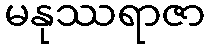
မနုဿရာဇာ